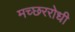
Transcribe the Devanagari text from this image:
मच्छररोधी